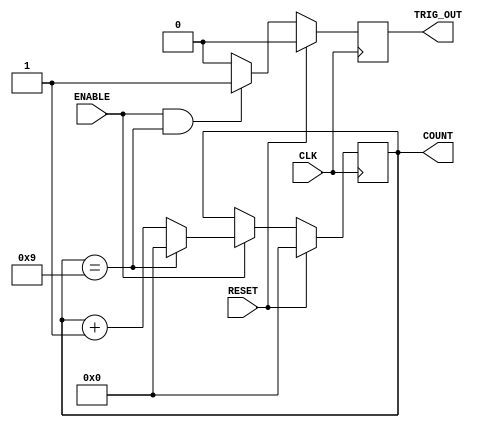
module Generic_counter(
    CLK,
    RESET, 
    ENABLE,
    TRIG_OUT,
    COUNT
 );

    // Parameters are what differentiate generics from modules.
    parameter COUNTER_WIDTH = 4;        //Bit length of counter
    parameter COUNTER_MAX = 9;          //Max counter number, before it resets
    
    // I/O's stated outside of module.
    input CLK;
    input RESET;
    input ENABLE;
    output TRIG_OUT;
    output [COUNTER_WIDTH - 1:0] COUNT;
    
    // Registers to store data.
    reg [COUNTER_WIDTH - 1:0] count_value;
    reg Trigger_out;
    
    //Begining of synthesis list.
    always@(posedge CLK) begin
        if(RESET)
            count_value <= 0;
        else begin
            if(ENABLE) begin
                if(count_value == COUNTER_MAX)
                    count_value <= 0;
                else
                    count_value <= count_value + 1;
            end
        end
    end
    
    always@(posedge CLK) begin
        if(RESET)
            Trigger_out <= 0;
        else begin
            if(ENABLE && (count_value == COUNTER_MAX))
                Trigger_out <= 1;
            else
                Trigger_out <= 0;
        end
    end
    // End of synthesis list
    
    assign COUNT = count_value;
    assign TRIG_OUT = Trigger_out;
endmodule